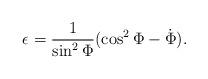
LaTeX: \begin{align*}\epsilon = \frac{1}{\sin^2 \Phi} (\cos^2 \Phi - \dot \Phi).\end{align*}